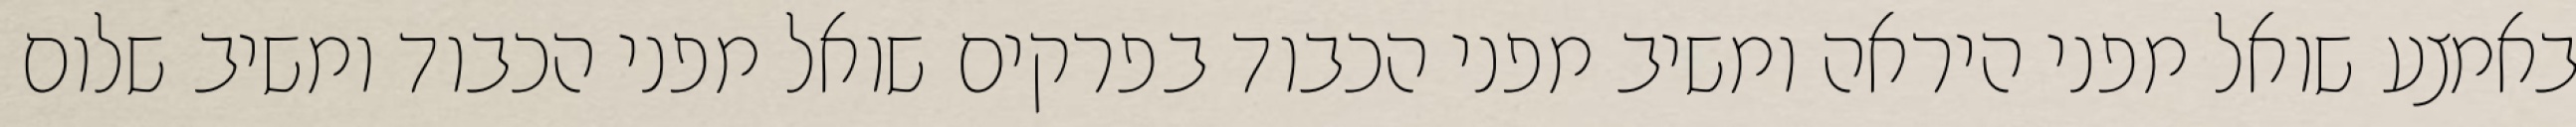
באמצע שואל מפני היראה ומשיב מפני הכבוד בפרקים שואל מפני הכבוד ומשיב שלום